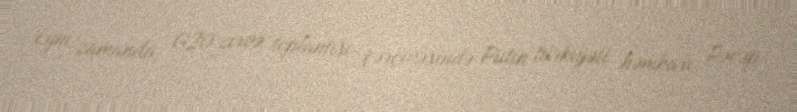
Eyni zamanda, G20 zirvə toplantısı çərçivəsində Putin türkiyəli həmkarı Rəcəp